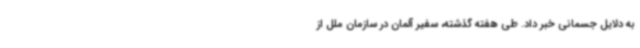
به دلایل جسمانی خبر داد. طی هفته گذشته، سفیر آلمان در سازمان ملل از